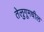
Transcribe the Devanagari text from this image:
तेलुगूमधील